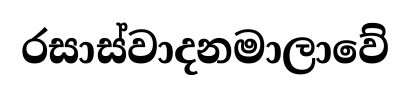
රසාස්වාදනමාලාවේ